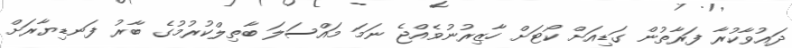
ދައުވާކުރާ ފަރާތުން ގަޑިއަށް ކޯޓަށް ހާޒިރުނުވެއްޖެ ނަމަ މައްސަލަ ބާތިލްކުރުމުގެ ބާރު ފަނޑިޔާރަށް